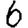
Digit: 6